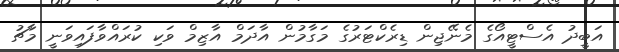
އަބީދު އެސްޓީއޯގެ މެނޭޖިން ޑިރެކްޓަރުގެ މަގާމުން އާދަމް އާޒިމް ވަކި ކުރައްވާފައިވަނީ މާޗު